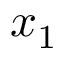
x _ { 1 }